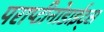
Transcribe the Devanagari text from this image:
पराप्टीनोडाईट्स